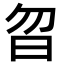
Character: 曶